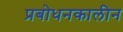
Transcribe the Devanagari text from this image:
प्रबोधनकालीन